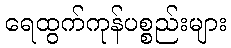
ရေထွက်ကုန်ပစ္စည်းများ